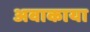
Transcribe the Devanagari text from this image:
अवाकाया